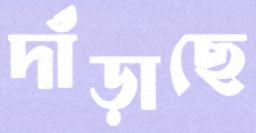
দাঁড়াছে